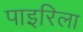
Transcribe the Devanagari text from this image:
पाइरिला